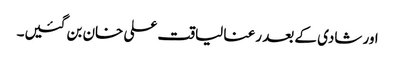
اور شادی کے بعد رعنا لیاقت علی خان بن گئیں۔